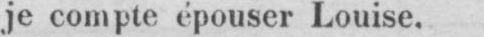
je compte épouser Louise.